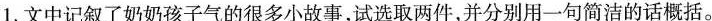
1.文中记叙了奶奶孩子气的很多小故事，试选取两件，并分别用一句简洁的话概括。